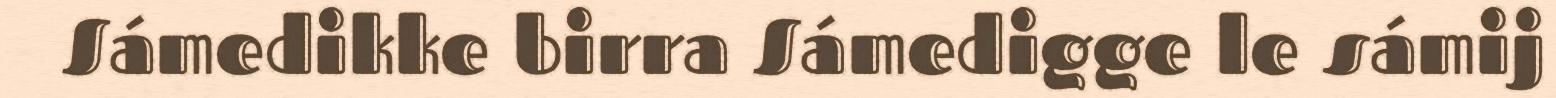
Sámedikke birra Sámedigge le sámij